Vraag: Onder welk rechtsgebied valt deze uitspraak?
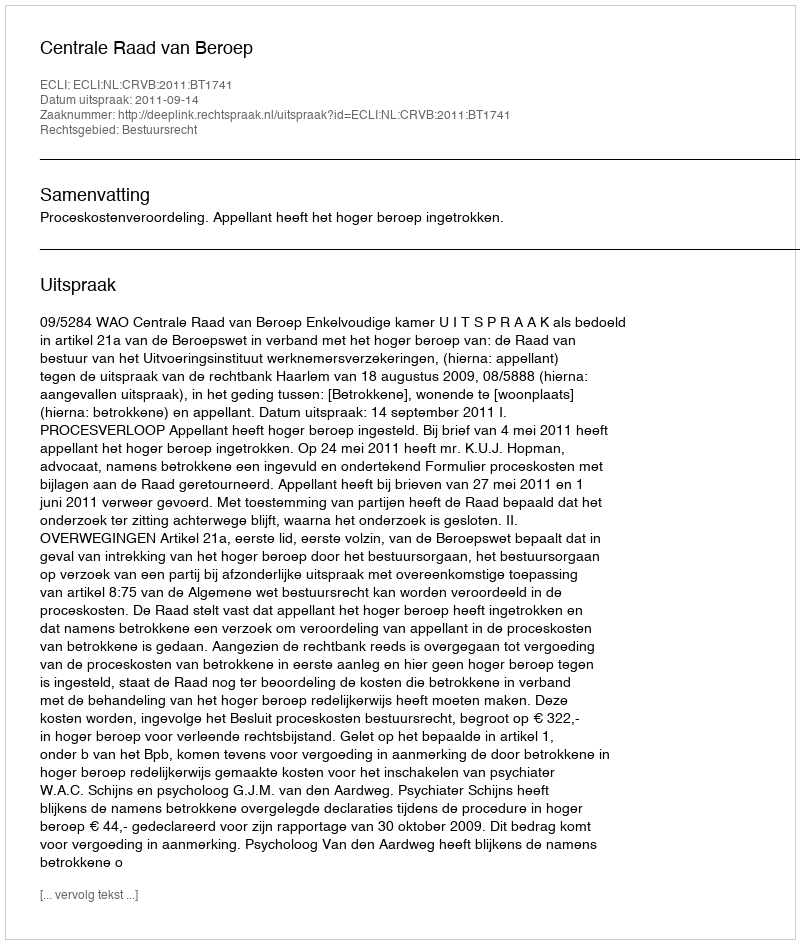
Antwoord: Bestuursrecht